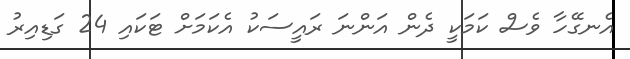
އެނގޭހާ ވެސް ކަމަކީ ދެން އަންނަ ރައީސަކު އެކަމަށް ޓަކައި 24 ގަޑިއިރު